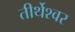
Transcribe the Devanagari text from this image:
तीर्थेश्वर